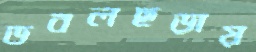
ডবলছড়ায়